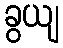
ခွယျ